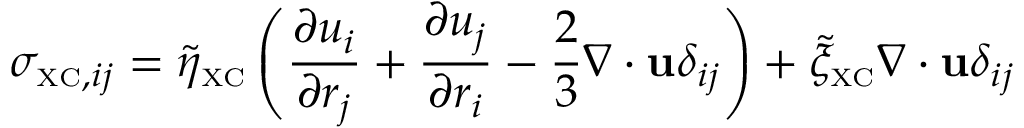
\sigma _ { { \scriptscriptstyle \mathrm { X C } } , i j } = \tilde { \eta } _ { \scriptscriptstyle \mathrm { X C } } \left( \frac { \partial u _ { i } } { \partial r _ { j } } + \frac { \partial u _ { j } } { \partial r _ { i } } - \frac { 2 } { 3 } \nabla \cdot { \bf u } \delta _ { i j } \right) + \tilde { \xi } _ { \scriptscriptstyle \mathrm { X C } } \nabla \cdot { \bf u } \delta _ { i j }